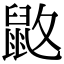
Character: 𪔻